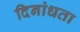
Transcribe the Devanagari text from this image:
दिनांधता